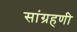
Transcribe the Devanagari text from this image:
सांग्रहणी